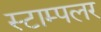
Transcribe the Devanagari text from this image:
स्टाम्पलर